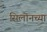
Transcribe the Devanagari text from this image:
सिलोनच्या